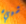
شييء